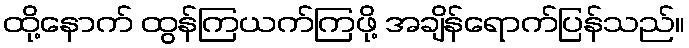
ထို့နောက် ထွန်ကြယက်ကြဖို့ အချိန်ရောက်ပြန်သည်။